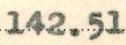
142.51